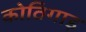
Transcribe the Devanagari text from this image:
कोठिगाड़